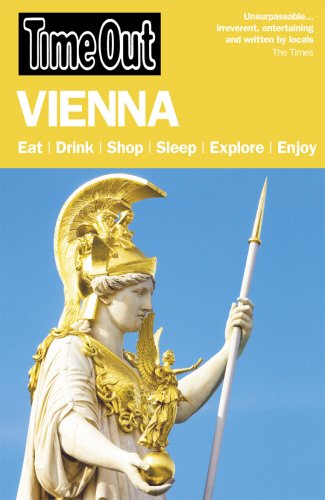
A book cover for Time Out Vienna (Time Out Guides); Travel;